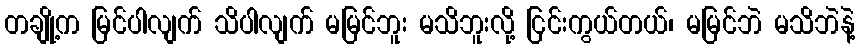
တချို့က မြင်ပါလျက် သိပါလျက် မမြင်ဘူး မသိဘူးလို့ ငြင်းကွယ်တယ်၊ မမြင်ဘဲ မသိဘဲနဲ့